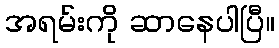
အရမ်းကို ဆာနေပါပြီ။